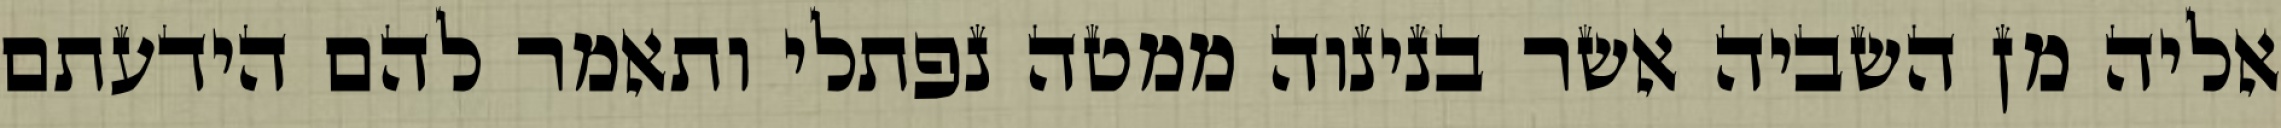
אליה מן השביה אשר בנינוה ממטה נפתלי ותאמר להם הידעתם